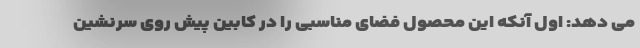
می دهد: اول آنکه این محصول فضای مناسبی را در کابین پیش روی سرنشین